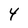
Character: Y